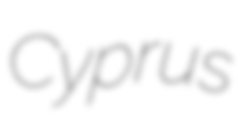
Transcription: Cyprus